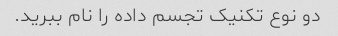
دو نوع تکنیک تجسم داده را نام ببرید.